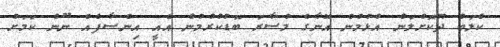
ކްލަބް ދޫކޮށްލަން އުޅުމުން އޭނާގެ މުސާރަ ބޮޑުކުރުމުން އެއީ އިންސާފެއް ނޫން ކަމަށް